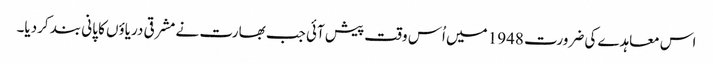
اس معاہدے کی ضرورت 1948 میں اُس وقت پیش آئی جب بھارت نے مشرقی دریاؤں کا پانی بند کردیا۔